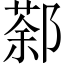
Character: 𨝛